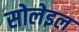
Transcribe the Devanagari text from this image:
सोलेइल